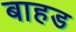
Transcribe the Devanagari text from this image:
बाहड